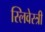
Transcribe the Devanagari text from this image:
स्लिवेस्त्री